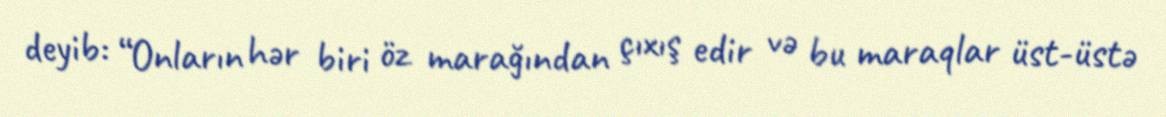
deyib: “Onların hər biri öz marağından çıxış edir və bu maraqlar üst-üstə